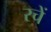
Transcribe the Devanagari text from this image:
रचें